Civil Veterinary Department. United Provinces 1912-22 - 1912-1922
Year: 1912
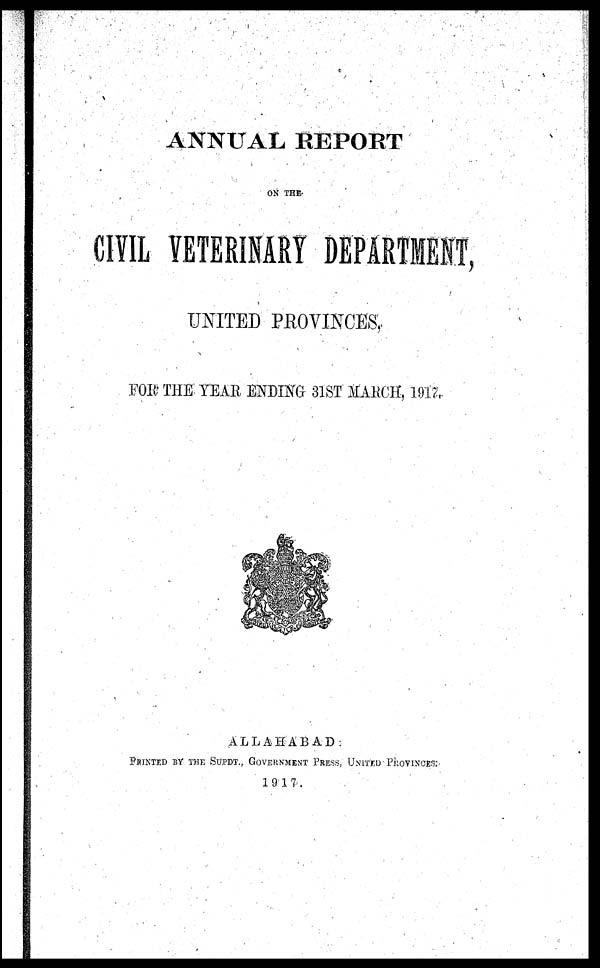
ANNUAL REPORT
ON THE
CIVIL VETERINARY DEPARTMENT,
UNITED PROVINCES,
FOE THE YEAR ENDING 31ST MARCH, 1917.
ALLAHABAD:
PRINTED BY THE SUPDT., GOVERNMENT PRESS, UNITED PROVINCES.
1917.